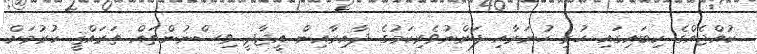
ކުއްޖެއްގެ ކިބައިގައި ހުރި ހުނަރާއި ފަންނުވެރިކަމުގެ ދާއިރާއިން އީޖާދީ ވިސްނުންތައް ތަރައްޤީ ކުރުމަށް